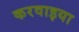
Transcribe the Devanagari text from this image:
करवाइया